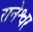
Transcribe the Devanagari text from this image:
रानेश्वर